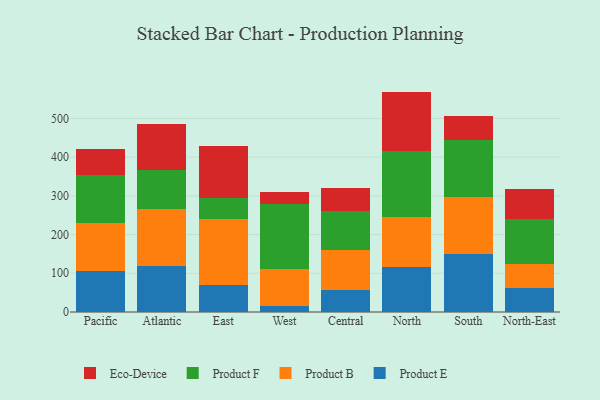
{"axis": {"x": "Region", "y": "Revenue (USD Million)"}, "legend": ["Eco-Device", "Product B", "Product E", "Product F"], "data": [{"x": "Pacific", "y": 105.0, "type": "Product E"}, {"x": "Pacific", "y": 123.9, "type": "Product B"}, {"x": "Pacific", "y": 125.6, "type": "Product F"}, {"x": "Pacific", "y": 67.8, "type": "Eco-Device"}, {"x": "Atlantic", "y": 119.1, "type": "Product E"}, {"x": "Atlantic", "y": 147.9, "type": "Product B"}, {"x": "Atlantic", "y": 100.3, "type": "Product F"}, {"x": "Atlantic", "y": 119.4, "type": "Eco-Device"}, {"x": "East", "y": 68.8, "type": "Product E"}, {"x": "East", "y": 172.2, "type": "Product B"}, {"x": "East", "y": 54.5, "type": "Product F"}, {"x": "East", "y": 132.4, "type": "Eco-Device"}, {"x": "West", "y": 15.2, "type": "Product E"}, {"x": "West", "y": 96.4, "type": "Product B"}, {"x": "West", "y": 168.5, "type": "Product F"}, {"x": "West", "y": 29.9, "type": "Eco-Device"}, {"x": "Central", "y": 57.8, "type": "Product E"}, {"x": "Central", "y": 101.5, "type": "Product B"}, {"x": "Central", "y": 102.3, "type": "Product F"}, {"x": "Central", "y": 59.6, "type": "Eco-Device"}, {"x": "North", "y": 115.0, "type": "Product E"}, {"x": "North", "y": 131.5, "type": "Product B"}, {"x": "North", "y": 169.7, "type": "Product F"}, {"x": "North", "y": 153.2, "type": "Eco-Device"}, {"x": "South", "y": 150.7, "type": "Product E"}, {"x": "South", "y": 147.3, "type": "Product B"}, {"x": "South", "y": 146.6, "type": "Product F"}, {"x": "South", "y": 61.1, "type": "Eco-Device"}, {"x": "North-East", "y": 62.8, "type": "Product E"}, {"x": "North-East", "y": 61.5, "type": "Product B"}, {"x": "North-East", "y": 115.0, "type": "Product F"}, {"x": "North-East", "y": 78.8, "type": "Eco-Device"}]}